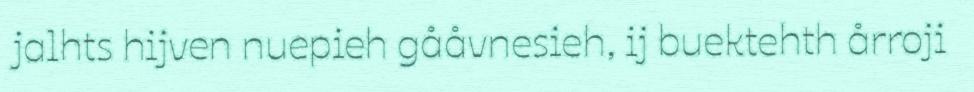
jalhts hijven nuepieh gååvnesieh, ij buektehth årroji